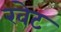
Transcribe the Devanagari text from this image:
खेट